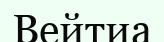
Вейтиа